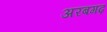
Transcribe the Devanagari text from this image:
अरबगढ़